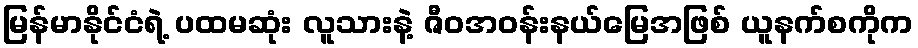
မြန်မာနိုင်ငံရဲ့ ပထမဆုံး လူသားနဲ့ ဇီဝအဝန်းနယ်မြေအဖြစ် ယူနက်စကိုက